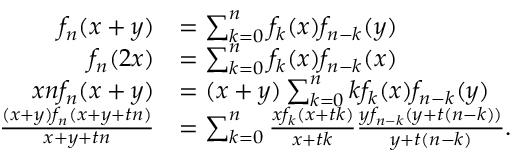
{ \begin{array} { r l } { f _ { n } ( x + y ) } & { = \sum _ { k = 0 } ^ { n } f _ { k } ( x ) f _ { n - k } ( y ) } \\ { f _ { n } ( 2 x ) } & { = \sum _ { k = 0 } ^ { n } f _ { k } ( x ) f _ { n - k } ( x ) } \\ { x n f _ { n } ( x + y ) } & { = ( x + y ) \sum _ { k = 0 } ^ { n } k f _ { k } ( x ) f _ { n - k } ( y ) } \\ { { \frac { ( x + y ) f _ { n } ( x + y + t n ) } { x + y + t n } } } & { = \sum _ { k = 0 } ^ { n } { \frac { x f _ { k } ( x + t k ) } { x + t k } } { \frac { y f _ { n - k } ( y + t ( n - k ) ) } { y + t ( n - k ) } } . } \end{array} }